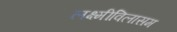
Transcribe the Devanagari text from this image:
लक्ष्मीविलासम